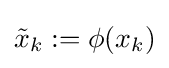
{\tilde {x}}_{k}:=\phi (x_{k})